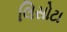
લિસોટા